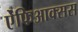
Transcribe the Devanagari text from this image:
ऐंफिआक्सस